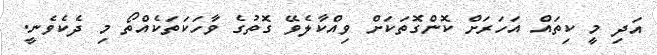
އަދި މީ ކިތައް އަހަރަށް ކޮންގޮތަކަށް ވިއްކާލެވޭ ގޮތުގެ ވާހަކަތަކެއްތޯ މި ދެކެވެނީ.